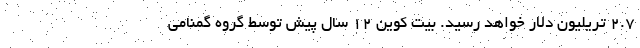
۲.۷ تریلیون دلار خواهد رسید. بیت کوین ۱۲ سال پیش توسط گروه گمنامی